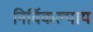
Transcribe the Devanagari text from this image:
निर्विकल्पाय